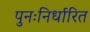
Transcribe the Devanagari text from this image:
पुनःनिर्धारित